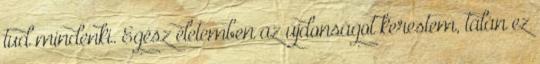
tud mindenki. Egész életemben az újdonságot kerestem, talán ez